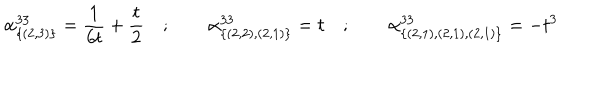
LaTeX: \alpha _ { \{ ( 2 , 3 ) \} } ^ { 3 3 } = \frac { 1 } { 6 t } + \frac { t } { 2 } \quad ; \qquad \alpha _ { \{ ( 2 , 2 ) , ( 2 , 1 ) \} } ^ { 3 3 } = t \quad ; \qquad \alpha _ { \{ ( 2 , 1 ) , ( 2 , 1 ) , ( 2 , 1 ) \} } ^ { 3 3 } = - t ^ { 3 }